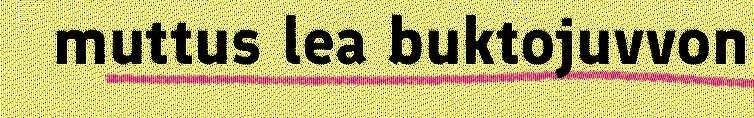
muttus lea buktojuvvon